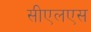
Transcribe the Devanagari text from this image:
सीएलएस